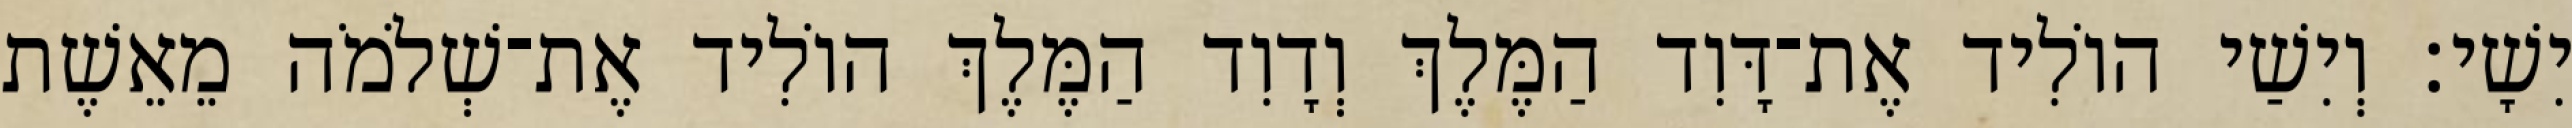
יִשָׁי׃ וְיִשַׁי הוֹלִיד אֶת־דָּוִד הַמֶּלֶךְ וְדָוִד הַמֶּלֶךְ הוֹלִיד אֶת־שְׁלֹמֹה מֵאֵשֶׁת